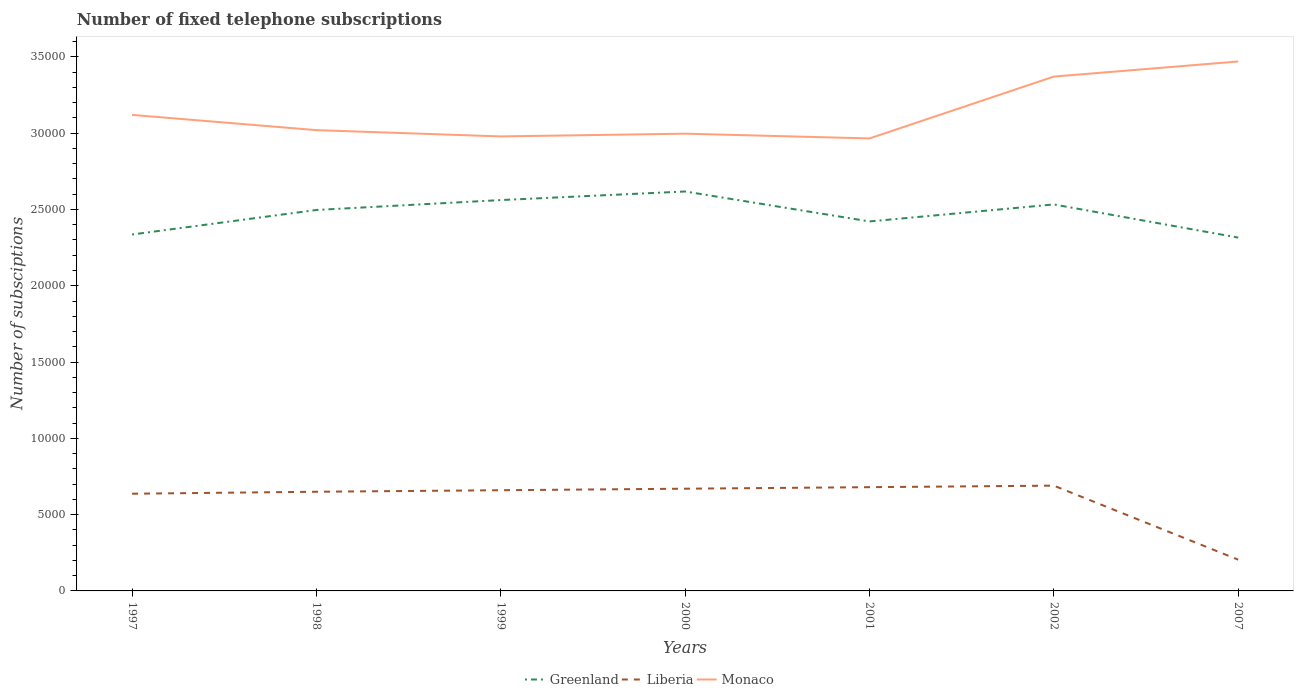
| Years | Greenland | Liberia | Monaco |
 | --- | --- | --- | --- |
 | 1997 | 2.34e+04 | 6.37e+03 | 3.12e+04 |
 | 1998 | 2.5e+04 | 6.5e+03 | 3.02e+04 |
 | 1999 | 2.56e+04 | 6.6e+03 | 2.98e+04 |
 | 2000 | 2.62e+04 | 6.7e+03 | 3e+04 |
 | 2001 | 2.42e+04 | 6.8e+03 | 2.97e+04 |
 | 2002 | 2.53e+04 | 6.9e+03 | 3.37e+04 |
 | 2007 | 2.32e+04 | 2.05e+03 | 3.47e+04 |